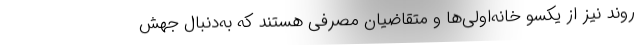
روند نیز از یکسو خانه‌اولی‌ها و متقاضیان مصرفی هستند که به‌دنبال جهش